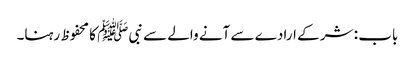
باب : شر کے ارادے سے آنے والے سے نبیﷺ کا محفوظ رہنا۔